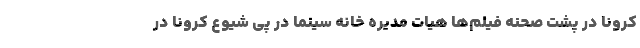
کرونا در پشت صحنه فیلم‌ها هیات مدیره خانه سینما در پی شیوع کرونا در